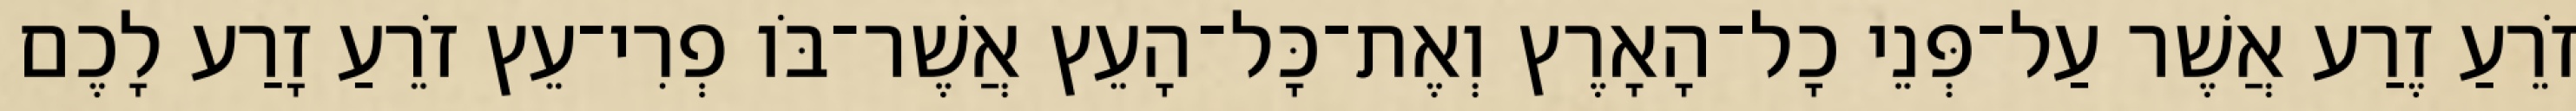
זֹרֵעַ זֶרַע אֲשֶׁר עַל־פְּנֵי כָל־הָאָרֶץ וְאֶת־כָּל־הָעֵץ אֲשֶׁר־בֹּו פְרִי־עֵץ זֹרֵעַ זָרַע לָכֶם